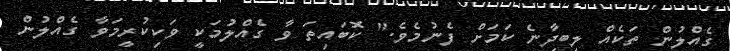
ގެއްލުން ތަކެއް ލިބިދާނެ ކަމަށް ފެނުމެވެ." ކޮބައިތަ ވާ ގެއްލުމަކީ ވަކިކުރީމަވާ ގެއްލުން